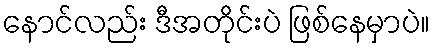
နောင်လည်း ဒီအတိုင်းပဲ ဖြစ်နေမှာပဲ။